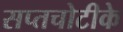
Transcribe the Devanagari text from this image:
सप्तचोटीके